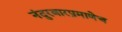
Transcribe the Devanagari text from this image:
नंदुरबारप्रमाणेच